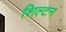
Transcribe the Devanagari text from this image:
शिल्टन